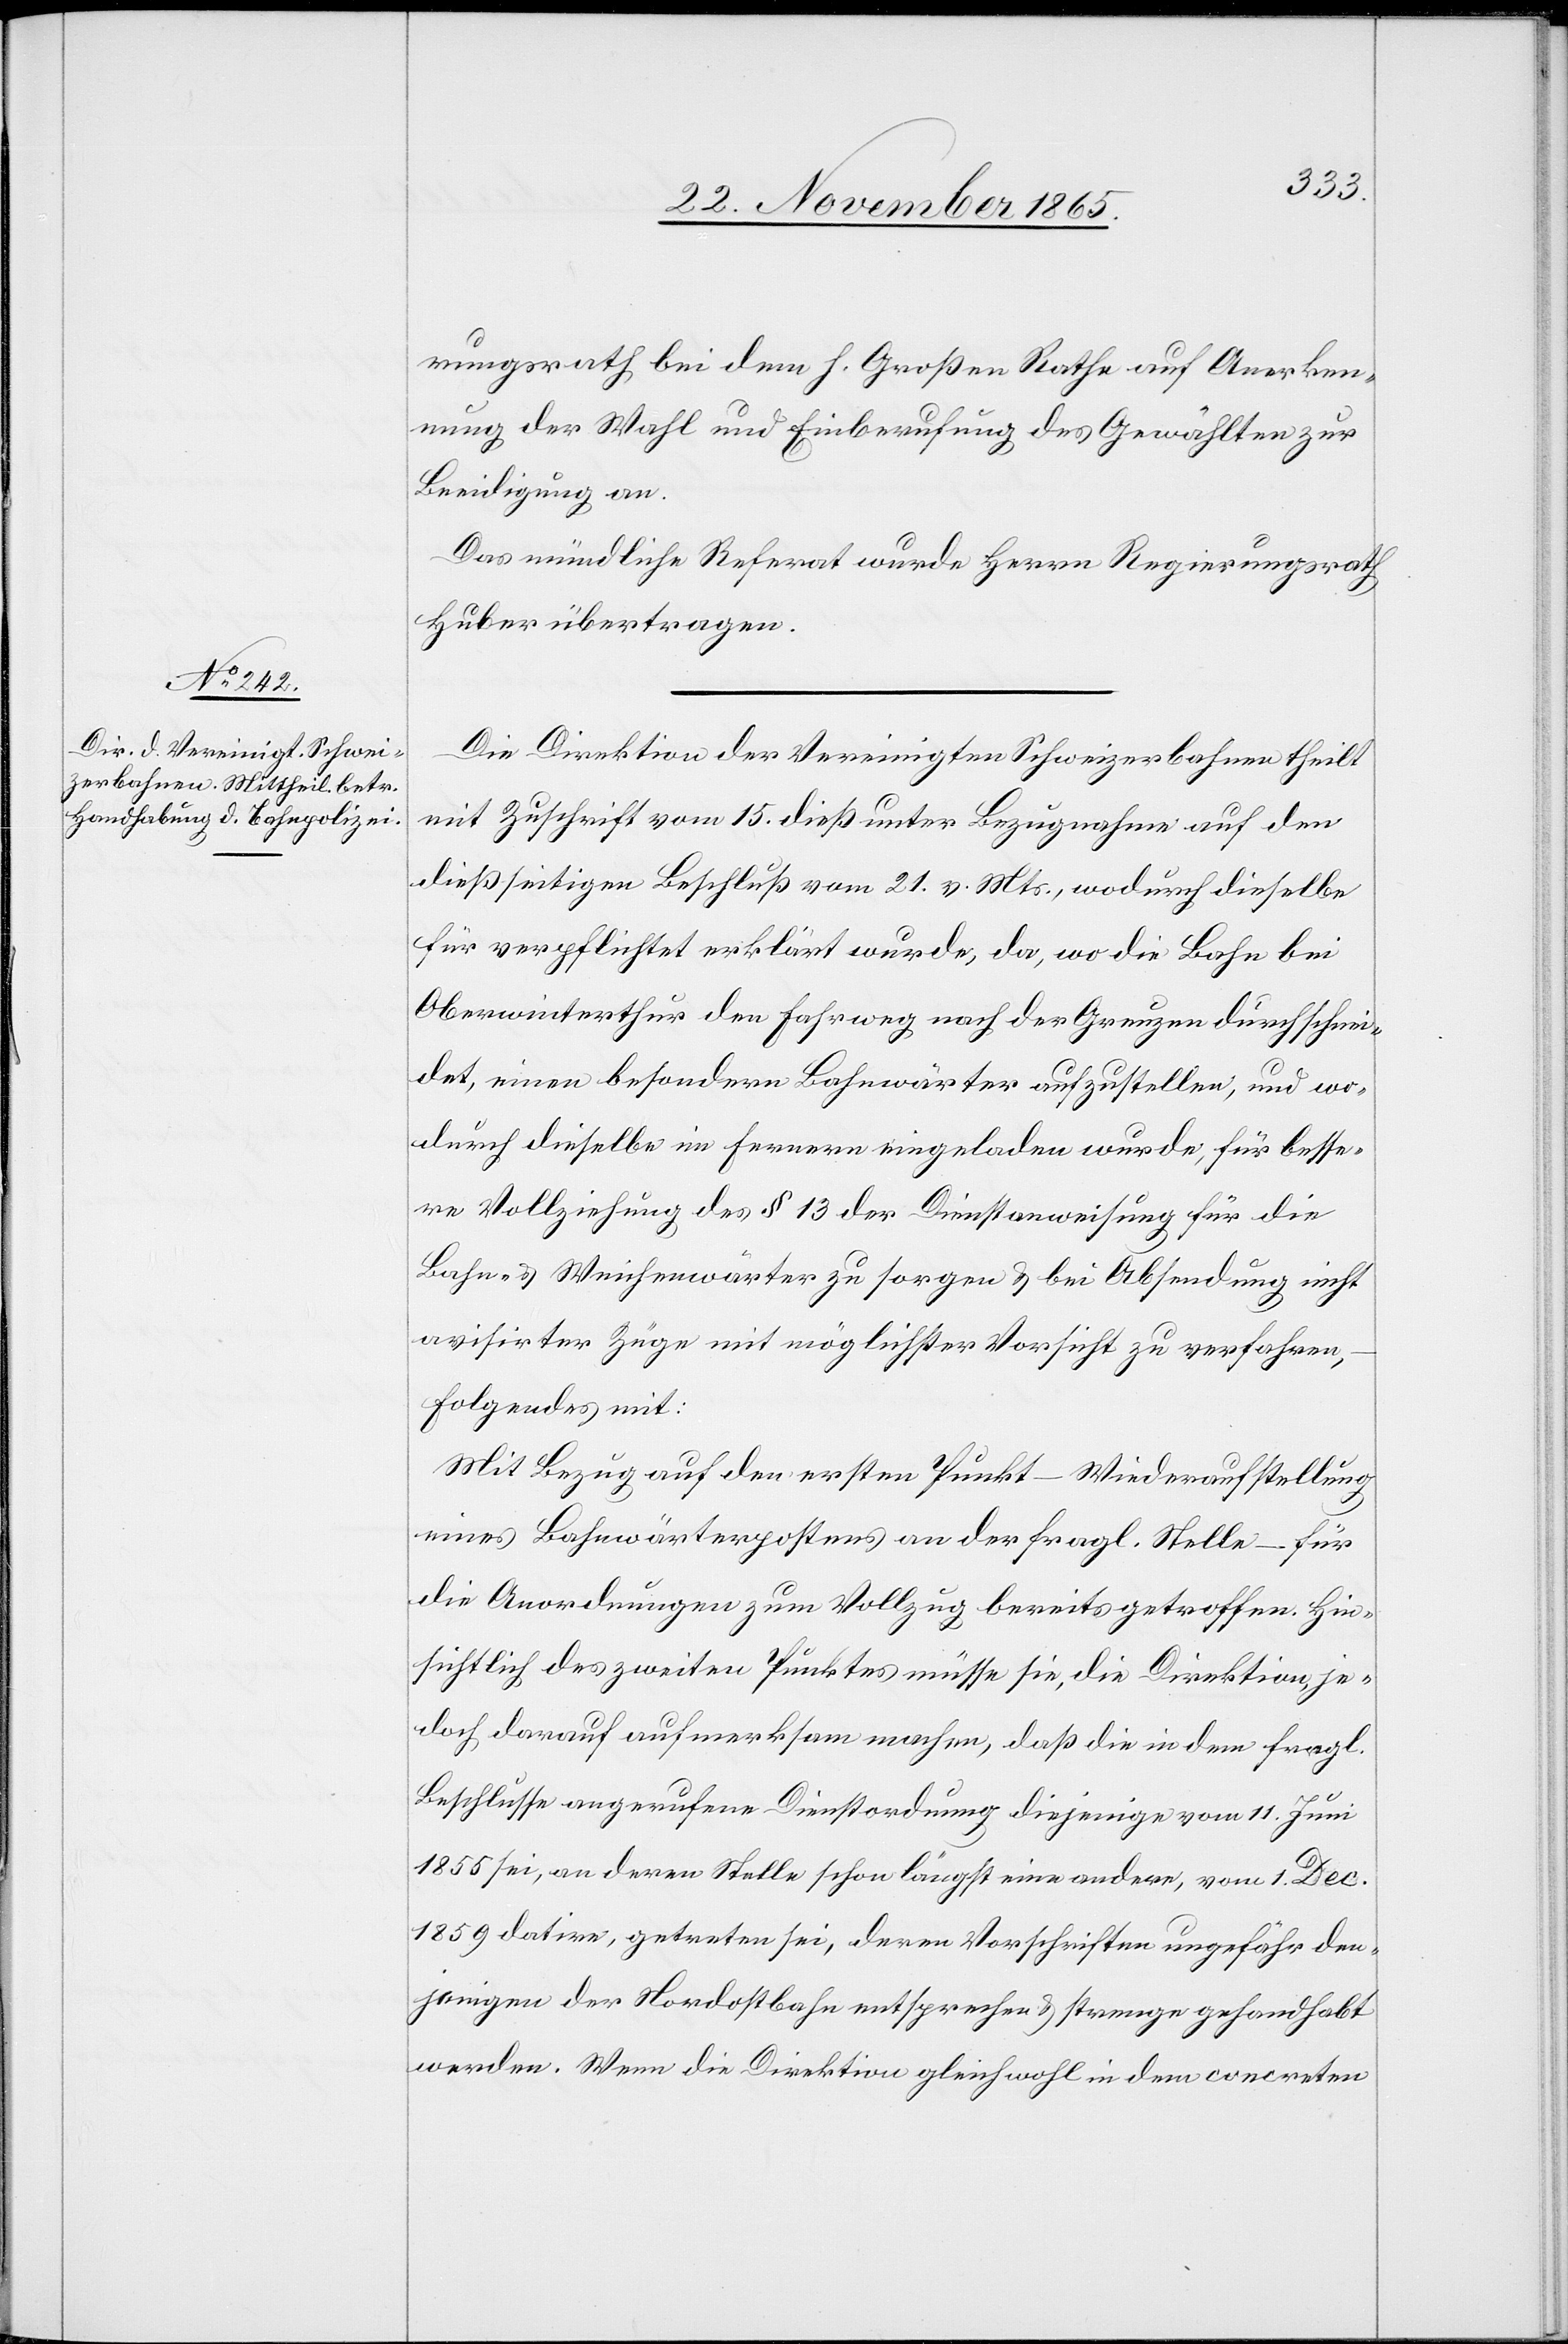
c!]. Hin¬

rungsrath bei dem h. Großen Rathe auf Anerken¬
nung der Wahl und Einberufung des Gewählten zur
Beeidigung an.
Das mündliche Referat wurde Herrn Regierungsrath
Huber übertragen.
Die Direktion der Vereinigten Schweizerbahnen theilt
mit Zuschrift vom 15. dieß unter Bezugnahme auf den
dießseitigen Beschluß vom 21. v. Mts., wodurch dieselbe
für verpflichtet erklärt wurde, da, wo die Bahn bei
Oberwinterthur den Fahrweg nach der Greuzen durchschnei¬
det, einen besondern Bahnwärter aufzustellen, und wo¬
durch dieselbe im Fernern eingeladen wurde, für besse¬
re Vollziehung des § 13 der Dienstanweisung für die
Bahn- & Weichenwärter zu sorgen & bei Absendung nicht
avisirter Züge mit möglichster Vorsicht zu verfahren,
folgendes mit:
Mit Bezug auf den ersten Punkt – Wiederaufstellung
eines Bahnwärterpostens an der fragl. Stelle – für
die Anordnungen zum Vollzug bereits getroffen [si¬
sichtlich des zweiten Punktes müsse sie, die Direktion, je¬
doch darauf aufmerksam machen, daß die in dem fragl.
Beschlusse angerufene Dienstordnung diejenige vom 11. Juni
1855 sei, an deren Stelle schon längst eine andere, vom 1. Dec.
1859 datire [sic!], getreten sei, deren Vorschriften ungefähr den¬
jenigen der Nordostbahn entsprechen & strenge gehandhabt
werden. Wenn die Direktion gleichwohl in dem concreten